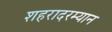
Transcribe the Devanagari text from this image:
शहरादरम्यान